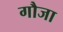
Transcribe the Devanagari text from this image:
गौजा